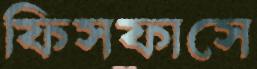
ফিসফাসে